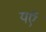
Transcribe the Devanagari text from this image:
यऍ